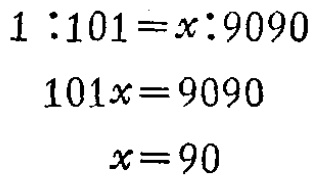
\[

\begin{align*}

1:101&=x:9090\\

101x&=9090\\

x&=90

\end{align*}

\]